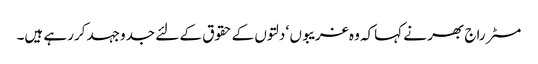
مسٹر راج بھر نے کہاکہ وہ غریبوں ‘ دلتوں کے حقوق کے لئے جدوجہد کررہے ہیں۔